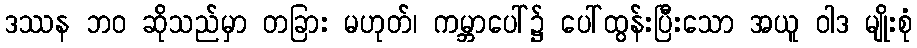
ဒဿန ဘဝ ဆိုသည်မှာ တခြား မဟုတ်၊ ကမ္ဘာပေါ်၌ ပေါ်ထွန်းပြီးသော အယူ ဝါဒ မျိုးစုံ